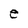
Character: e